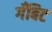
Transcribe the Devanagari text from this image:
गँबिट